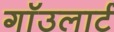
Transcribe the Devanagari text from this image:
गाॅउलार्ट